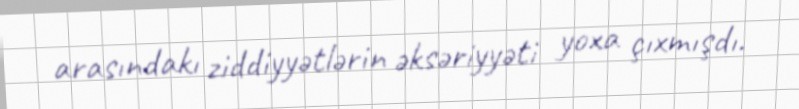
arasındakı ziddiyyətlərin əksəriyyəti yoxa çıxmışdı.